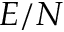
E / N